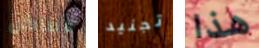
لأماكن تجنيد هذا